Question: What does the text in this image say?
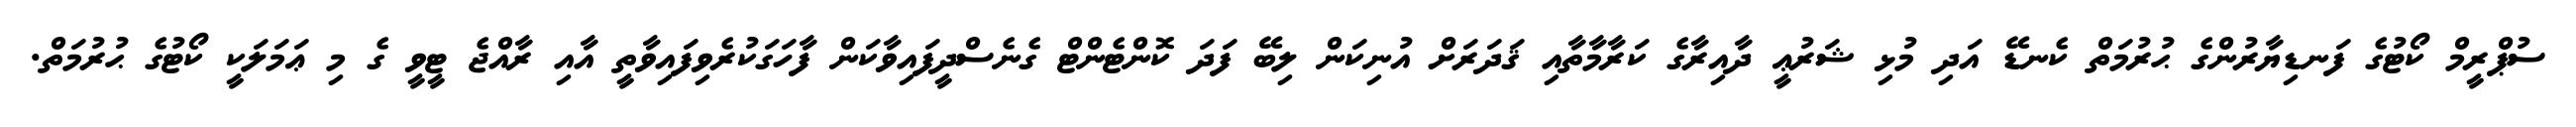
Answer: ސުޕްރީމް ކޯޓުގެ ފަނޑިޔާރުންގެ ޙުރުމަތް ކެނޑޭ އަދި މުޅި ޝަރުޢީ ދާއިރާގެ ކަރާމާތާއި ޤަދަރަށް އުނިކަން ލިބޭ ފަދަ ކޮންޓެންޓް ގެނެސްދީފައިވާކަން ފާހަގަކުރެވިފައިވާތީ އާއި ރާއްޖެ ޓީވީ ގެ މި ޢަމަލަކީ ކޯޓުގެ ޙުރުމަތް.